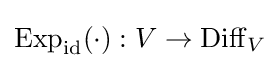
\operatorname {Exp} _{\mathrm {id} }(\cdot ):V\to \operatorname {Diff} _{V}